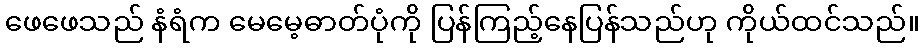
ဖေဖေသည် နံရံက မေမေ့ဓာတ်ပုံကို ပြန်ကြည့်နေပြန်သည်ဟု ကိုယ်ထင်သည်။